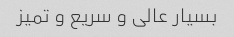
بسیار عالی و سریع و تمیز